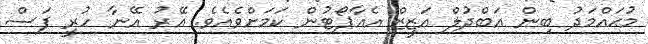
މުޙައްމަދު ބިން އަބްދުލް އަޒީޒް އެއާޕޯޓުން ކަމަށްވެއެވެ. އޭރު އޭނާ ހުރީ ފަސް